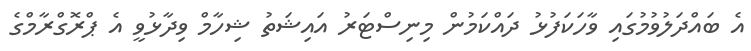
އެ ބައްދަލުވުމުގައި ވާހަކަފުޅު ދައްކަމުން މިނިސްޓަރު އައިޝަތު ޝިހާމް ވިދާޅުވީ އެ ޕްރޮގްރާމްގެ